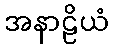
အနာဠိယံ